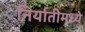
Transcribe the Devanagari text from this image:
निर्यातीमध्ये